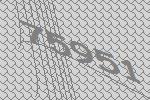
75951